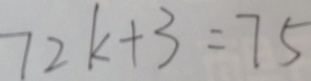
7 2 k + 3 = 7 5